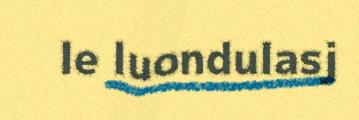
le luondulasj